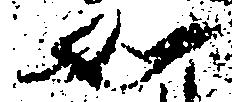
如